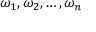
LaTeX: \omega _ { 1 } , \omega _ { 2 } , \ldots , \omega _ { n }